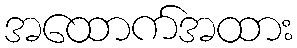
အထောက်အထား